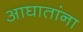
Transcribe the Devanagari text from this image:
आघातांना